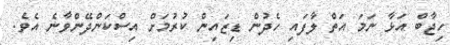
ހިޖާބް އަޅާ ނަމަ އަތް ލާފައި ހެދުން ޑިޒައިން ކުރުމަށް އިސްކަންދޭންވާނެ އެވެ.